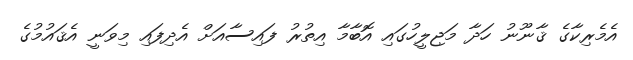
އެމެރިކާގެ ޤާނޫނު ހަދާ މަޖިލީހުގައި އޮބާމާ އިތުރު ފައިސާއަށް އެދިފައި މިވަނީ އެޤައުމުގެ